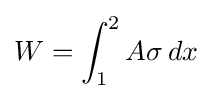
W=\int _{1}^{2}A\sigma \,dx